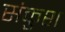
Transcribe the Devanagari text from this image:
संकुश